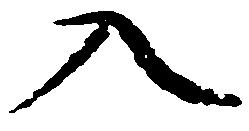
入